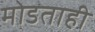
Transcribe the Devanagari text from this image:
मोडताही